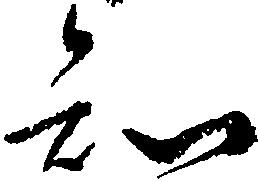
知